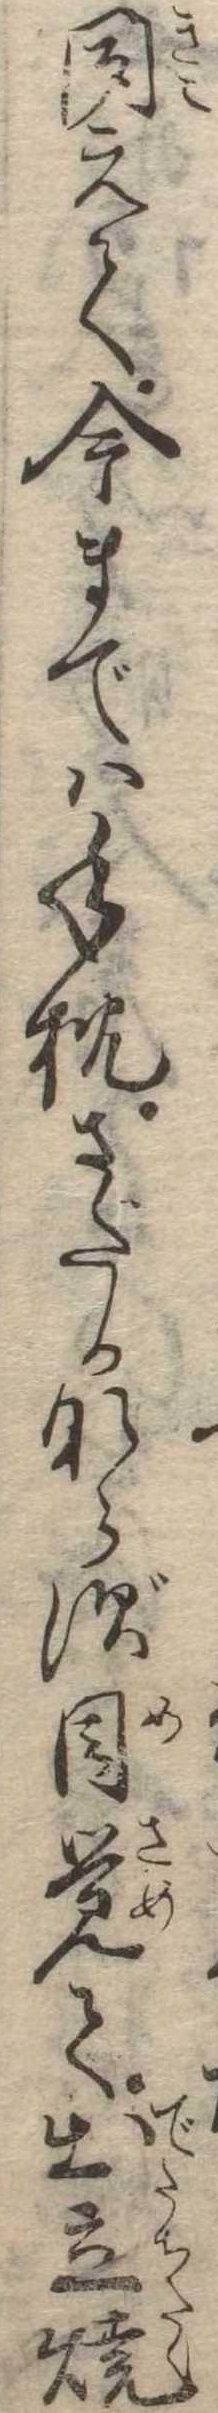
聞えて今までは手枕さだかならず目覚て出立焼